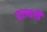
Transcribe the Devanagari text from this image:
दत्तवतीं